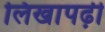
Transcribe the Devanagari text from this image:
लिखापढ़ी